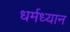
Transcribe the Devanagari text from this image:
धर्मध्यान